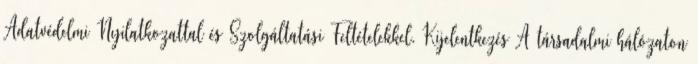
Adatvédelmi Nyilatkozattal és Szolgáltatási Feltételekkel. Kijelentkezés A társadalmi hálózaton